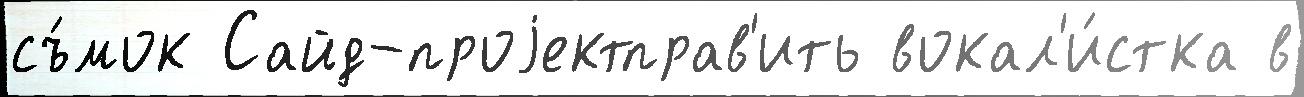
съ́мок Сайд-проjектправ'ить вокал'и́стка в